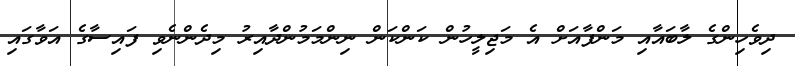
ދިވެހިންގެ ލާބައާއި މަންފާއަށް އެ މަޖިލީހުން ކަންކަން ނިންމަމުންދާއިރު މިދެންނެވި ފައިސާގެ އަވާގައި